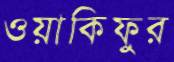
ওয়াকিফুর